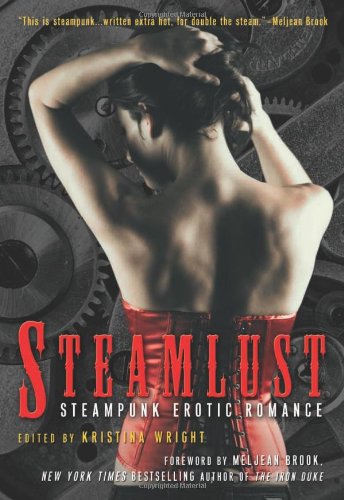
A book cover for Steamlust: Steampunk Erotic Romance; Romance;